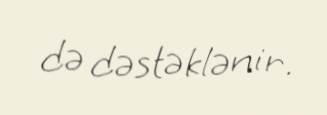
də dəstəklənir.